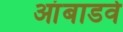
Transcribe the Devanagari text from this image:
आंबाडवे